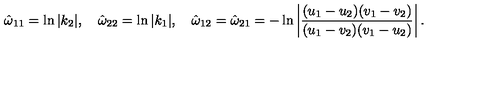
\hat { \omega } _ { 1 1 } = \ln | k _ { 2 } | , \quad \hat { \omega } _ { 2 2 } = \ln | k _ { 1 } | , \quad \hat { \omega } _ { 1 2 } = \hat { \omega } _ { 2 1 } = - \ln \left| \frac { ( u _ { 1 } - u _ { 2 } ) ( v _ { 1 } - v _ { 2 } ) } { ( u _ { 1 } - v _ { 2 } ) ( v _ { 1 } - u _ { 2 } ) } \right| .